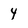
Character: 4